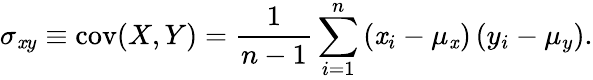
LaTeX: \sigma_{\mathit{x}y}\equiv\operatorname{cov}(X,Y)=\frac{{1}}{{n-1}}\sum_{i=1}^{n}\left(\mathit{x}_{i}-\mu_{\mathit{x}}\right)\left(y_{i}-\mu_{y}\right).